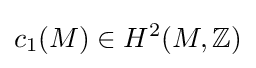
c_{1}(M)\in H^{2}(M,{\mathbb {Z} })